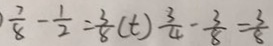
\frac { 7 } { 8 } - \frac { 1 } { 2 } = \frac { 3 } { 8 } ( t ) \frac { 3 } { 4 } - \frac { 3 } { 8 } = \frac { 3 } { 8 }